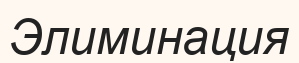
Элиминация